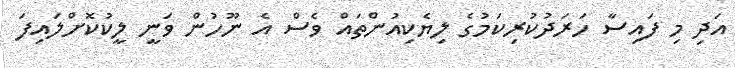
އަދި މި ފައިސާ ހަރަދުކުރިކަމުގެ ލިޔެކިއުންތައް ވެސް އެ ނޫހުން ވަނީ ލީކުކޮށްލައިފަ